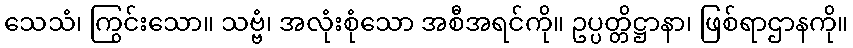
သေသံ၊ ကြွင်းသော။ သဗ္ဗံ၊ အလုံးစုံသော အစီအရင်ကို။ ဥပ္ပတ္တိဋ္ဌာနာ၊ ဖြစ်ရာဌာနကို။